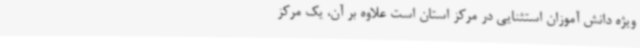
ویژه دانش آموزان استثنایی در مرکز استان است علاوه بر آن، یک مرکز